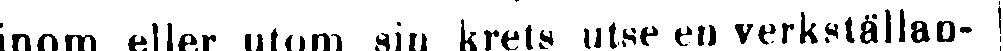
inom eller utom siv krets utse en verkställan-